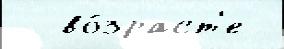
  во́зраст'е